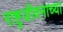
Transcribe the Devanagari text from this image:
राष्ट्रजीवनाच्या